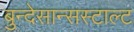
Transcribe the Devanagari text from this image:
बुन्देसान्सस्टाल्ट